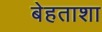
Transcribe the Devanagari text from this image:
बेहताशा